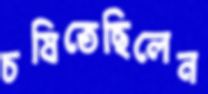
চষিতেছিলেন